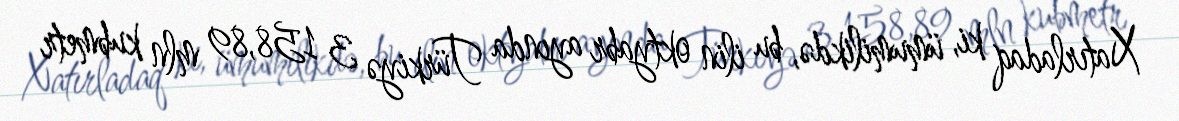
Xatırladaq ki, ümumilikdə, bu ilin oktyabr ayında Türkiyə 3 158,89 mln kubmetr